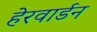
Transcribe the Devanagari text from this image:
हेरवार्डन